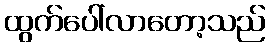
ထွက်ပေါ်လာတော့သည်